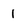
Character: 1